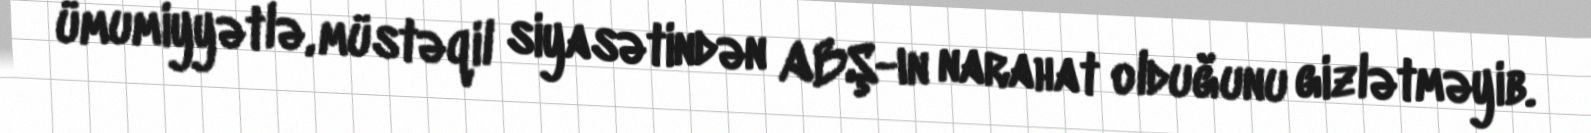
ümumiyyətlə, müstəqil siyasətindən ABŞ-ın narahat olduğunu gizlətməyib.